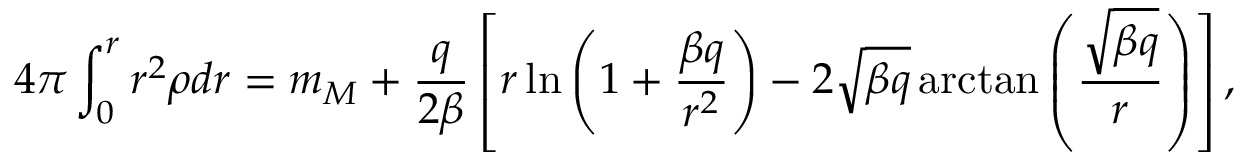
4 \pi \int _ { 0 } ^ { r } r ^ { 2 } \rho d r = m _ { M } + \frac { q } { 2 \beta } \left[ r \ln \left( 1 + \frac { \beta q } { r ^ { 2 } } \right) - 2 \sqrt { \beta q } \arctan \left( \frac { \sqrt { \beta q } } { r } \right) \right] ,